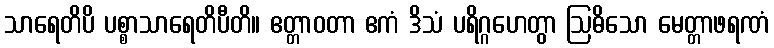
သာရေတိပိ ပစ္စာသာရေတိပီတိ။ ဧတ္တာဝတာ ဧကံ ဒိသံ ပရိဂ္ဂဟေတွာ ဩဓိသော မေတ္တာဖရဏံ